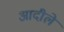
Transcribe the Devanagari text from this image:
आदीले